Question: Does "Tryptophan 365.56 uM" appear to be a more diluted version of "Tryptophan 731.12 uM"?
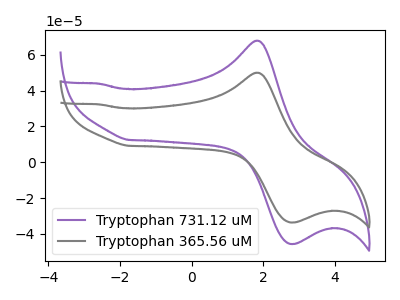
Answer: <think>The purple curve "Tryptophan 731.12 uM" has an anodic peak at (1.80V, 67.80uA) and a cathodic peak at (2.90V, -45.55uA). The gray curve "Tryptophan 365.56 uM" has an anodic peak at (1.80V, 49.95uA) and a cathodic peak at (2.90V, -33.55uA).
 All the peaks in "Tryptophan 365.56 uM" have a peak in "Tryptophan 731.12 uM" at the same potential. Every peak in "Tryptophan 365.56 uM" is lower than every peak in "Tryptophan 731.12 uM".</think>
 <answer>"Tryptophan 365.56 uM" has less signal than "Tryptophan 731.12 uM" and so likely has a lower concentration.</answer>
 <eval>less_concentration</eval>